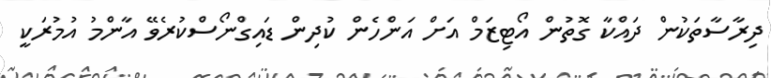
ދިރާސާތަކުން ދައްކާ ގޮތުން އޯޓިޒަމް އަށް އަންހެން ކުދިން ޑައިގްނޯސްކުރެވޭ އާންމު އުމުރަކީ